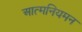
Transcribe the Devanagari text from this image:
आत्मनियमन